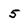
Character: 5